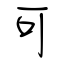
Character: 可